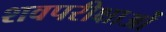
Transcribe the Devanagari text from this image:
शवपरीक्षाओं